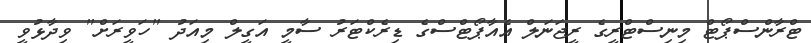
ޓްރާންސްޕޯޓް މިނިސްޓްރީގެ ރީޖަނަލް އެއާޕޯޓްސްގެ ޑިރެކްޓަރު ސާމީ އަގީލް މިއަދު "ހަވީރަށް" ވިދާޅުވީ